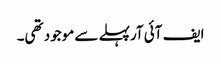
ایف آئی آرپہلے سے موجود تھی۔